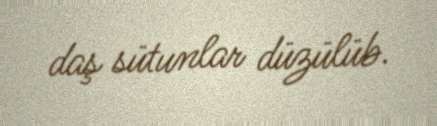
daş sütunlar düzülüb.